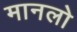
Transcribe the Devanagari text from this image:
मानलो